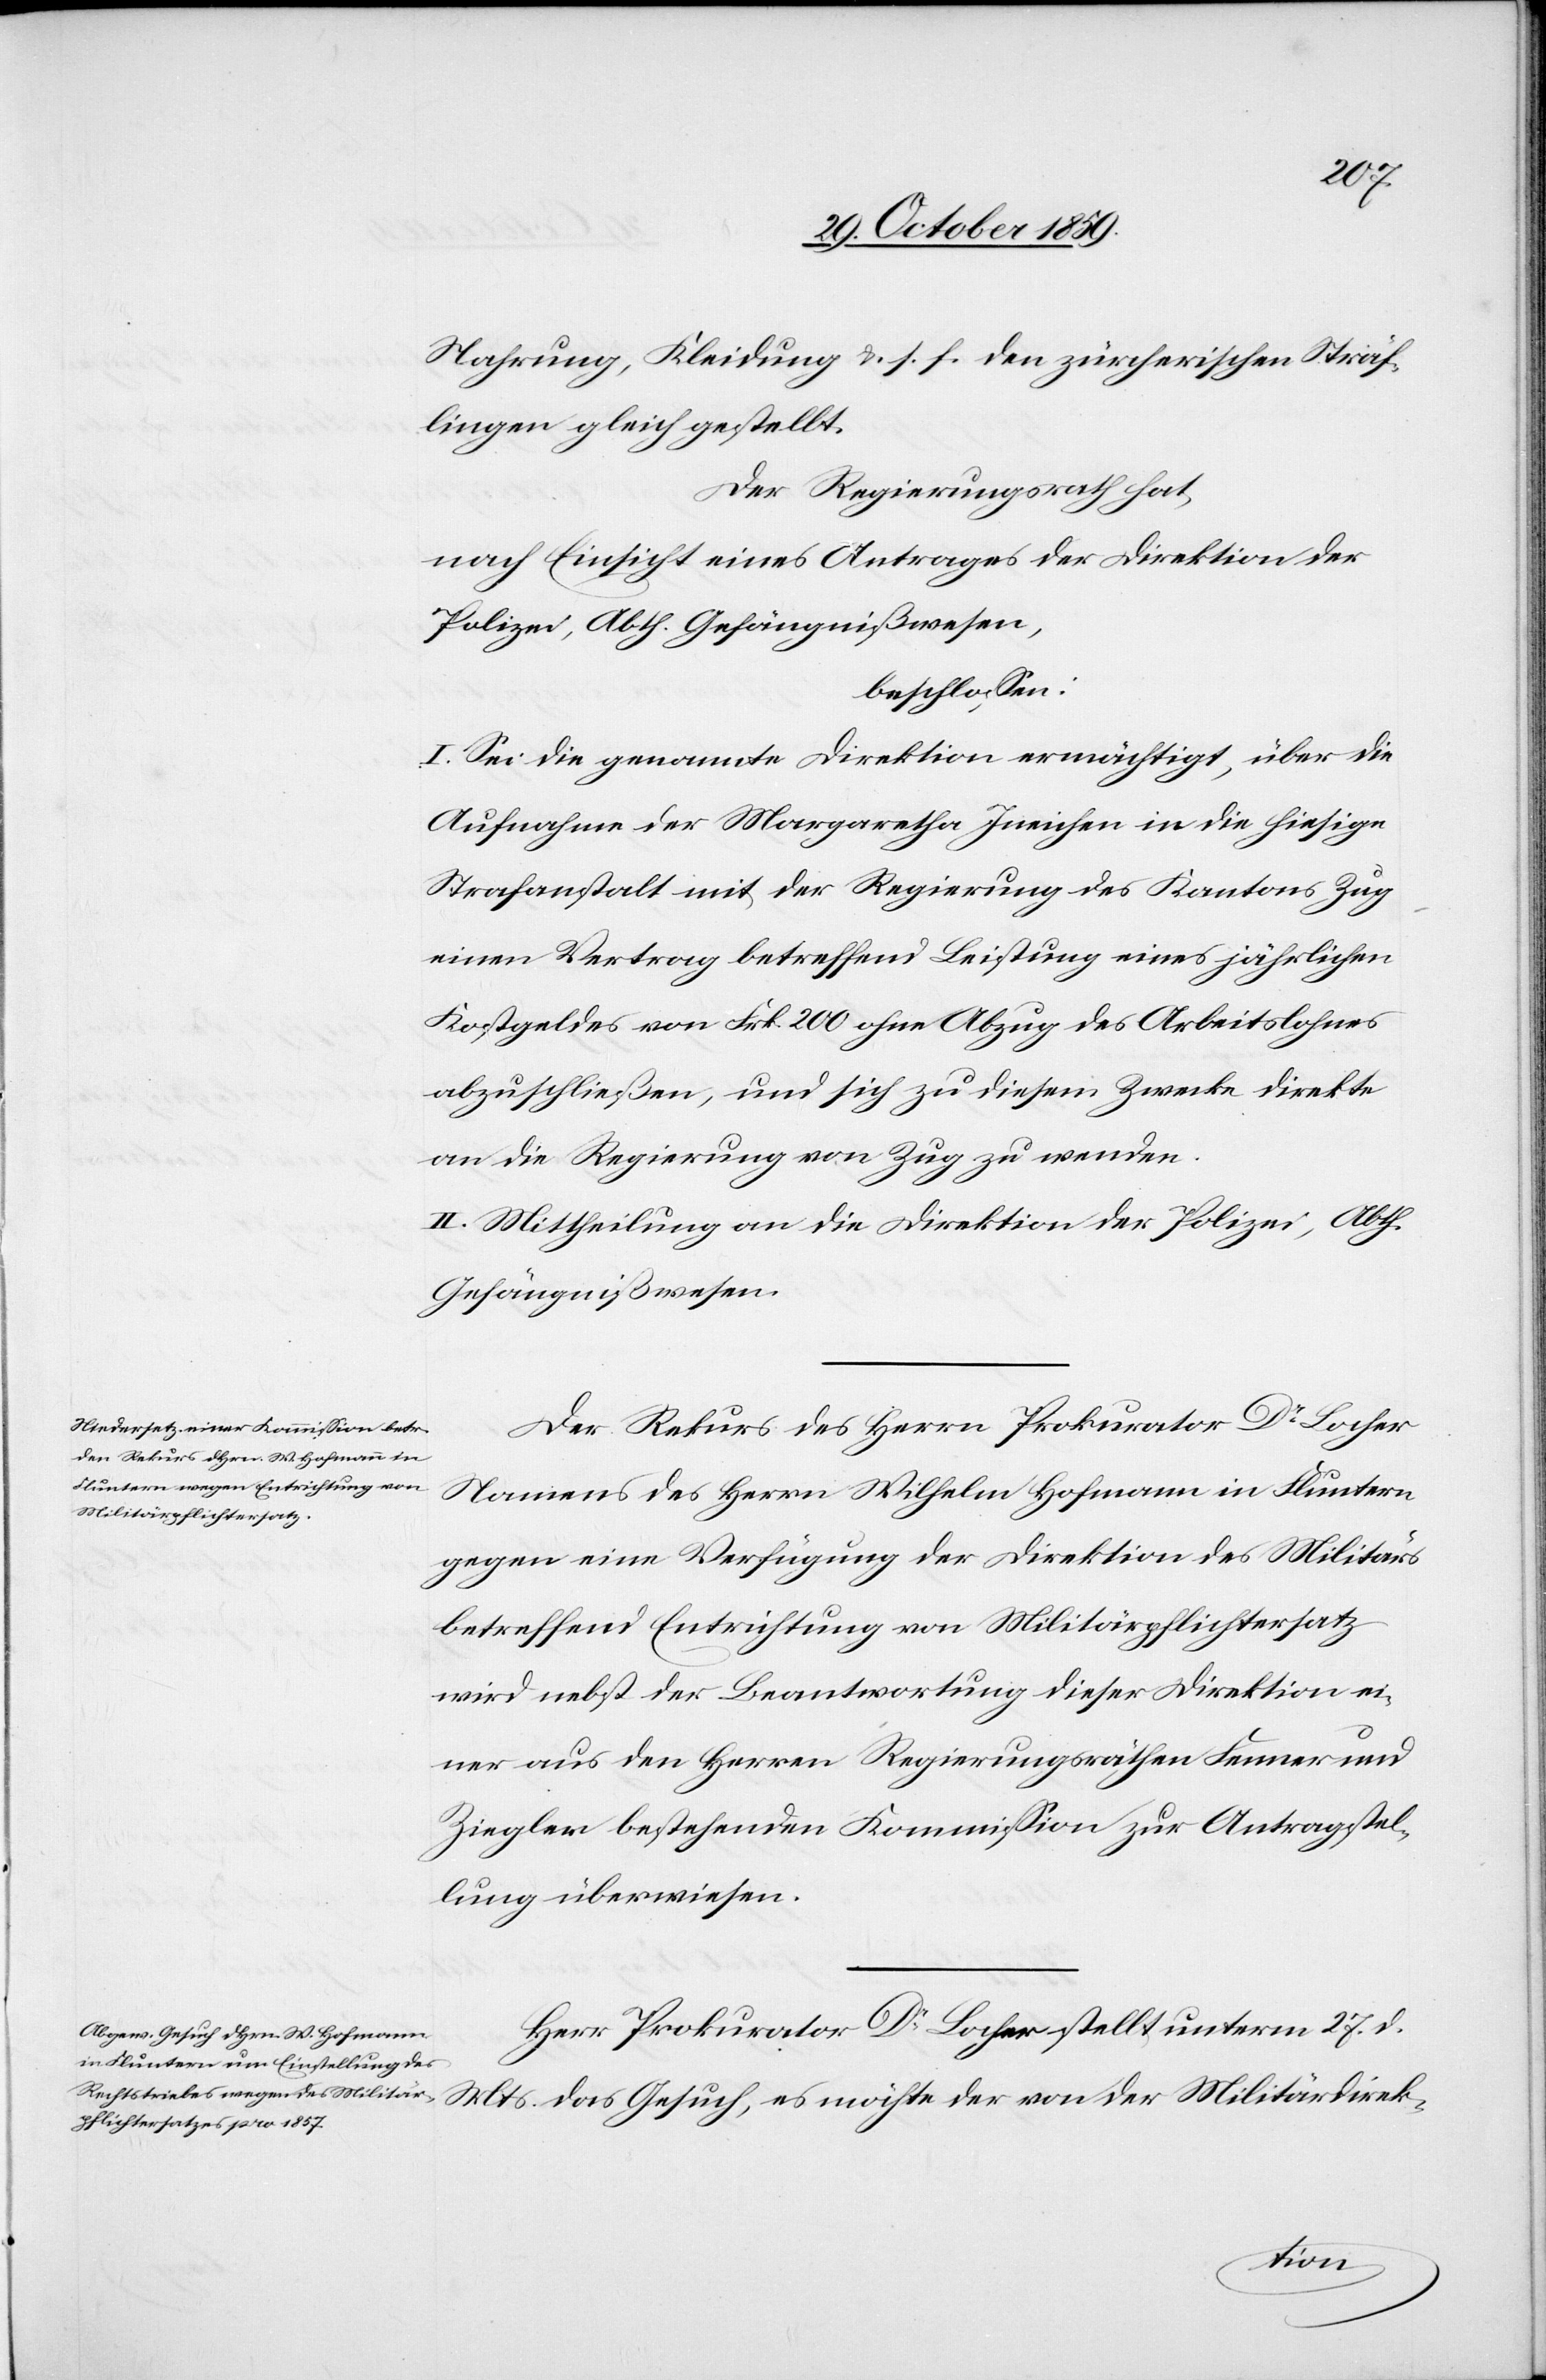
Nahrung, Kleidung & s. f. den zürcherischen Sträf¬
lingen gleich gestellt.
Der Regierungsrath hat,
nach Einsicht eines Antrages der Direktion der
Polizei, Abth. Gefängnißwesen,
beschlossen:
I. Sei die genannte Direktion ermächtigt, über die
Aufnahme der Margaretha Ineichen in die hiesige
Strafanstalt mit der Regierung des Kantons Zug
einen Vertrag betreffend Leistung eines jährlichen
Kostgeldes von Frk. 200 ohne Abzug des Arbeitslohnes
abzuschließen, und sich zu diesem Zwecke direkte
an die Regierung von Zug zu wenden.
II. Mittheilung an die Direktion der Polizei, Abth.
Gefängnißwesen.
Der Rekurs des Herrn Prokurator Dr. Locher
Namens des Herrn Wilhelm Hofmann in Fluntern
gegen eine Verfügung der Direktion des Militärs
betreffen Entrichtung von Militärpflichtersatz
wird nebst der Beantwortung dieser Direktion ei¬
ner aus den Herren Regierungsräthen Fenner und
Ziegler bestehenden Kommission zur Antragstel¬
lung überwiesen.
Herr Prokurator Dr. Locher stellt unterm 27. d.
Mts. das Gesuch, es möchte der von der Militärdirek-